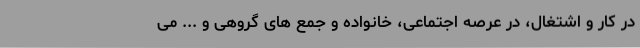
در کار و اشتغال، در عرصه اجتماعی، خانواده و جمع های گروهی و ... می